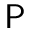
\mathsf { P }